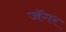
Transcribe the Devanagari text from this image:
जॅगर